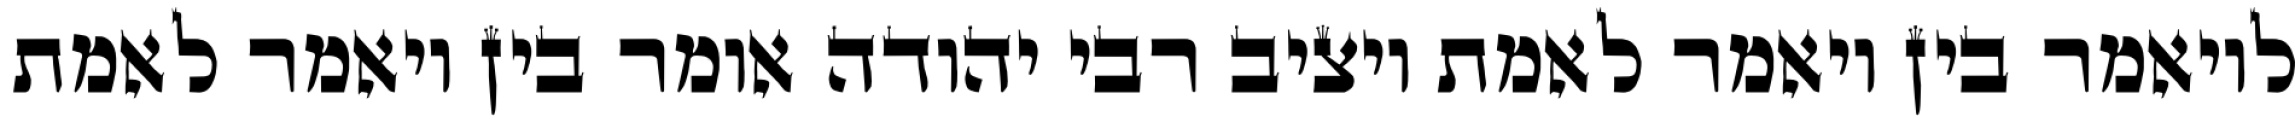
לויאמר בין ויאמר לאמת ויציב רבי יהודה אומר בין ויאמר לאמת